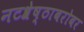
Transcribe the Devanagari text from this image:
नटश्रेष्ठाबरोबर